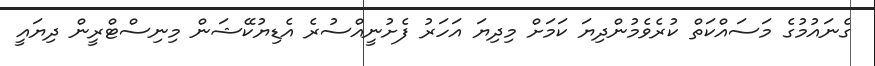
ގެނައުމުގެ މަސައްކަތް ކުރެވެމުންދިޔަ ކަމަށް މިދިޔަ އަހަރު ފެށުނީއްސުރެ އެޑިޔުކޭޝަން މިނިސްޓްރީން ދިޔައީ